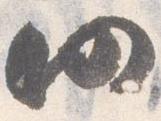
仍